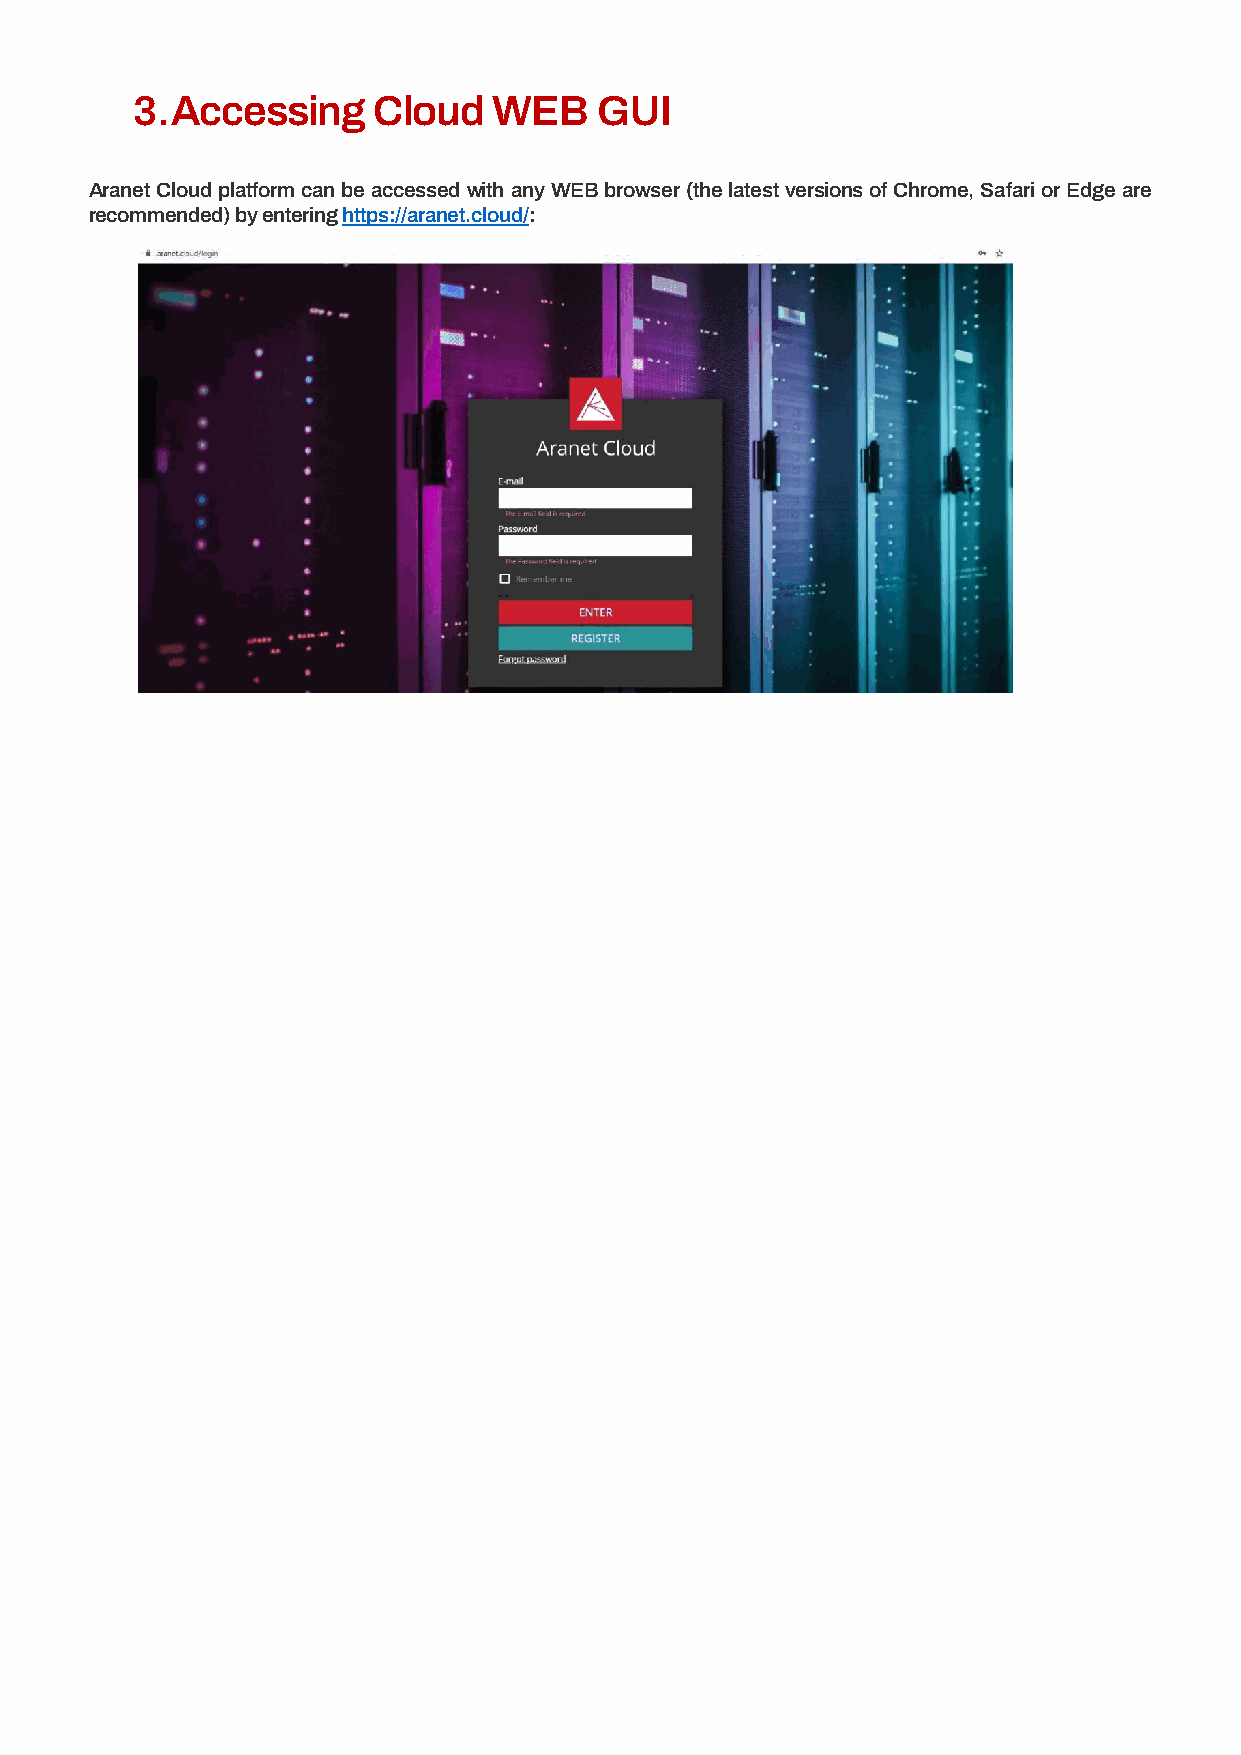
3. Accessing    Cloud   WEB   GUI
 Aranet Cloud platform can be accessed with any WEB browser (the latest versions of Chrome, Safari or Edge are
 recommended) by entering https://aranet.cloud/: